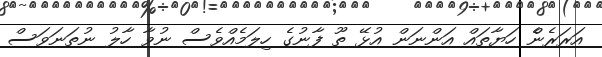
އަރަަރެންެ ހަޔާތައް އަންނަން އުޅޭ ތޫ ފާނުގެ ހިލަމެއްވެސް ނުވާ ހާލު ނުތަނަވަސް